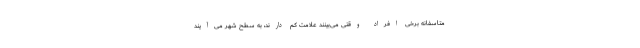
متاسفانه برخی افراد وقتی می‌بینند علامت کم دارند، به سطح شهر می‌آیند